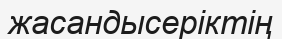
жасандысеріктің